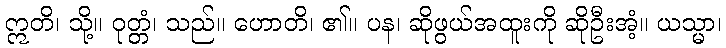
ဣတိ၊ သို့။ ဝုတ္တံ၊ သည်။ ဟောတိ၊ ၏။ ပန၊ ဆိုဖွယ်အထူးကို ဆိုဦးအံ့။ ယသ္မာ၊